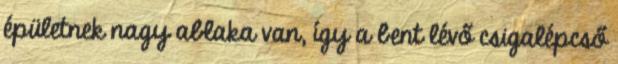
épületnek nagy ablaka van, így a bent lévő csigalépcső